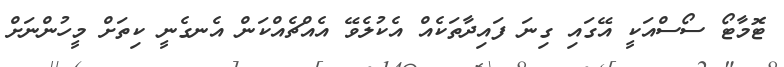
ޓޮމާޓޯ ސޯސްއަކީ އޭގައި ގިނަ ފައިދާތަކެއް އެކުލެވޭ އެއްޗެއްކަން އެނގެނީ ކިތަށް މީހުންނަށް